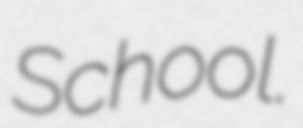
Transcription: School.